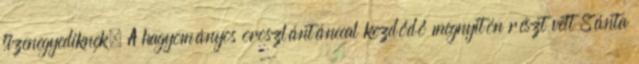
tizenegyediknek. A hagyományos oroszlántánccal kezdődő megnyitón részt vett Sánta